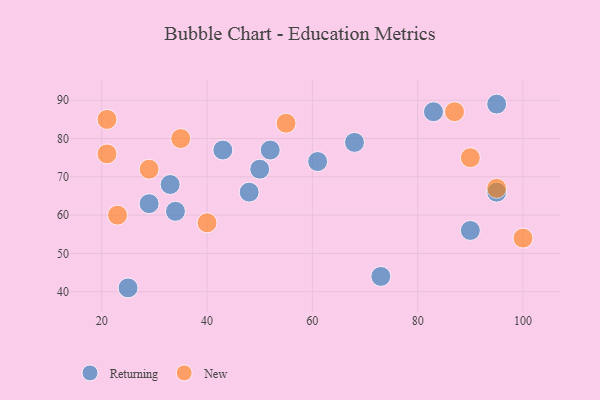
{"axis": {"x": "GDP", "y": "Life Expectancy"}, "legend": ["New", "Returning"], "data": [{"x": "29", "y": 63, "type": "Returning"}, {"x": "61", "y": 74, "type": "Returning"}, {"x": "95", "y": 66, "type": "Returning"}, {"x": "50", "y": 72, "type": "Returning"}, {"x": "68", "y": 79, "type": "Returning"}, {"x": "25", "y": 41, "type": "Returning"}, {"x": "52", "y": 77, "type": "Returning"}, {"x": "34", "y": 61, "type": "Returning"}, {"x": "95", "y": 89, "type": "Returning"}, {"x": "33", "y": 68, "type": "Returning"}, {"x": "90", "y": 56, "type": "Returning"}, {"x": "83", "y": 87, "type": "Returning"}, {"x": "43", "y": 77, "type": "Returning"}, {"x": "48", "y": 66, "type": "Returning"}, {"x": "73", "y": 44, "type": "Returning"}, {"x": "29", "y": 72, "type": "New"}, {"x": "55", "y": 84, "type": "New"}, {"x": "35", "y": 80, "type": "New"}, {"x": "21", "y": 85, "type": "New"}, {"x": "23", "y": 60, "type": "New"}, {"x": "90", "y": 75, "type": "New"}, {"x": "95", "y": 67, "type": "New"}, {"x": "100", "y": 54, "type": "New"}, {"x": "40", "y": 58, "type": "New"}, {"x": "87", "y": 87, "type": "New"}, {"x": "21", "y": 76, "type": "New"}]}